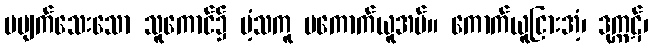
မပျက်သေးသော သူကောင်၌ ပံ့သကူ မကောက်ယူအပ်။ ကောက်ယူငြားအံ့၊ ဒုက္ကဋ်၊